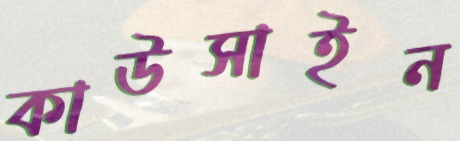
কাউসাইন